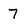
Character: 7